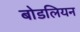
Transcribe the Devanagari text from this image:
बोडलियन